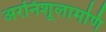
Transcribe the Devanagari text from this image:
अरनिशूलामणि